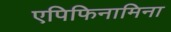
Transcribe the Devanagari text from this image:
एपिफिनामिना